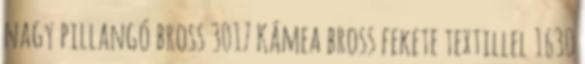
nagy pillangó bross 3017 Kámea bross fekete textillel 1630